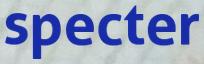
specter